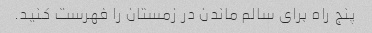
پنج راه برای سالم ماندن در زمستان را فهرست کنید.